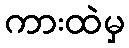
ကားထဲမှ